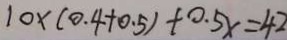
1 0 \times ( 0 . 4 + 0 . 5 ) + 0 . 5 x = 4 2